Vaccination in the Punjab 1883-1896 - 1883-1896
Year: 1883
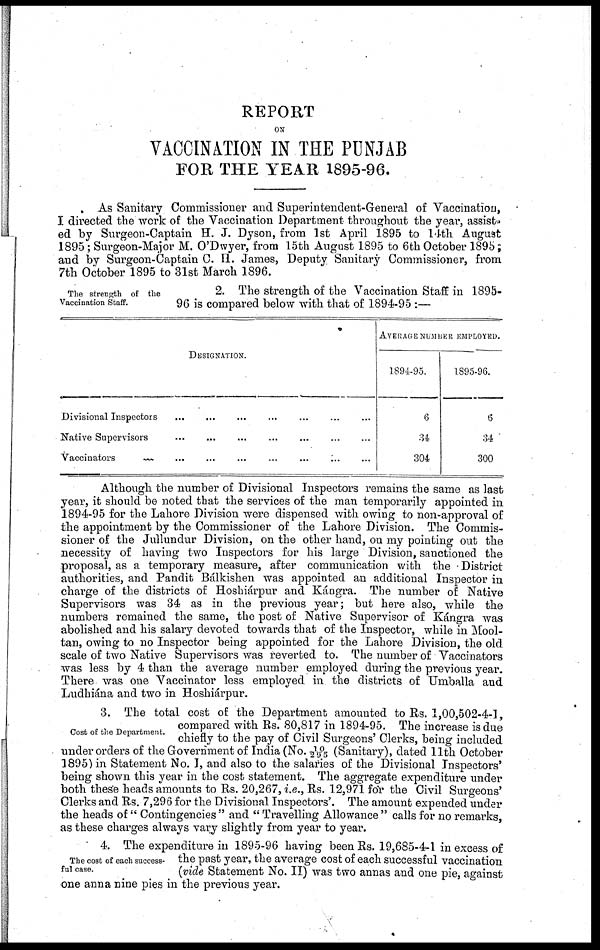
REPORT
ON
VACCINATION IN THE PUNJAB
FOR THE YEAR 1895-96.
As Sanitary Commissioner and Superintendent-General of Vaccination,
I directed the work of the Vaccination Department throughout the year, assist-
ed by Surgeon-Captain H. J. Dyson, from 1st April 1895 to 14th, August
1895; Surgeon-Major M. O'Dwyer, from 15th August 1895 to 6th October 1895;
and by Surgeon-Captain C. H. James, Deputy Sanitary Commissioner, from
7th October 1895 to 31st March 1896.
The strength of the
Vaccination Staff.
2. The strength of the Vaccination Staff in 1895-
96 is compared below with that of 1894-95 :—
DESIGNATION.
Divisional Inspectors ... ... ... ... ... ... ...
Native Supervisors
...
...
...
...
...
...
...
Vaccinators
...
...
...
...
...
...
...
AVERAGE NUMBER EMPLOYED.
1894-95.
6
34
304
1895-96.
6
34
300
Although the number of Divisional Inspectors remains the same as last
year, it should be noted that the services of the man temporarily appointed in
1894-95 for the Lahore Division were dispensed with owing to non-approval of
the appointment by the Commissioner of the Lahore Division. The Commis-
sioner of the Jullundur Division, on the other hand, on my pointing out the
necessity of having two Inspectors for his large Division, sanctioned the
proposal, as a temporary measure, after communication with the District
authorities, and Pandit Bálkishen was appointed an additional Inspector in
charge of the districts of Hoshiárpur and Kángra. The number of Native
Supervisors was 34 as in the previous year; but here also, while the
numbers remained the same, the post of Native Supervisor of Kángra was
abolished and his salary devoted towards that of the Inspector, while in Mool¬
tan, owing to no Inspector being appointed for the Lahore Division, the old
scale of two Native Supervisors was reverted to. The number of Vaccinators
was less by 4 than the average number employed during the previous year.
There was one Vaccinator less employed in the districts of Umballa and
Ludhiána and two in Hoshiárpur.
Cost of the Department.
3. The total cost of the Department amounted to Rs. 1,00,502-4-1,
compared with Rs. 80,817 in 1894-95. The increase is due
chiefly to the pay of Civil Surgeons' Clerks, being included
under orders of the Government of India (No. 10/295 (Sanitary), dated 11th October
1895) in Statement No. I, and also to the salaries of the Divisional Inspectors'
being shown this year in the cost statement. The aggregate expenditure under
both these heads amounts to Rs. 20,267, i.e., Rs. 12,971 for the Civil Surgeons'
Clerks and Rs. 7,296 for the Divisional Inspectors'. The amount expended under
the heads of " Contingencies " and " Travelling Allowance " calls for no remarks,
as these charges always vary slightly from year to year.
The cost of each success-
ful case.
4. The expenditure in 1895-96 having been Rs. 19,685-4-1 in excess of
the past year, the average cost of each successful vaccination
(vide Statement No. II) was two annas and one pie, against
one anna nine pies in the previous year.